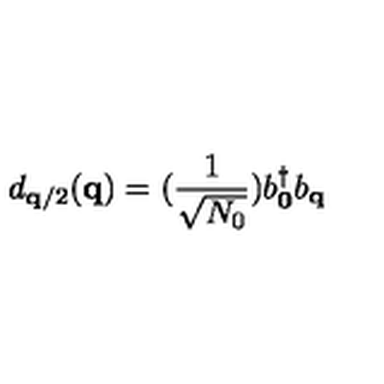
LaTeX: d _ { { \bf { q } } / 2 } ( { \bf { q } } ) = ( \frac { 1 } { \sqrt { N _ { 0 } } } ) b _ { { \bf { 0 } } } ^ { \dagger } b _ { { \bf { q } } }